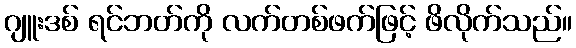
ဂျူးဒစ် ရင်ဘတ်ကို လက်တစ်ဖက်ဖြင့် ဖိလိုက်သည်။